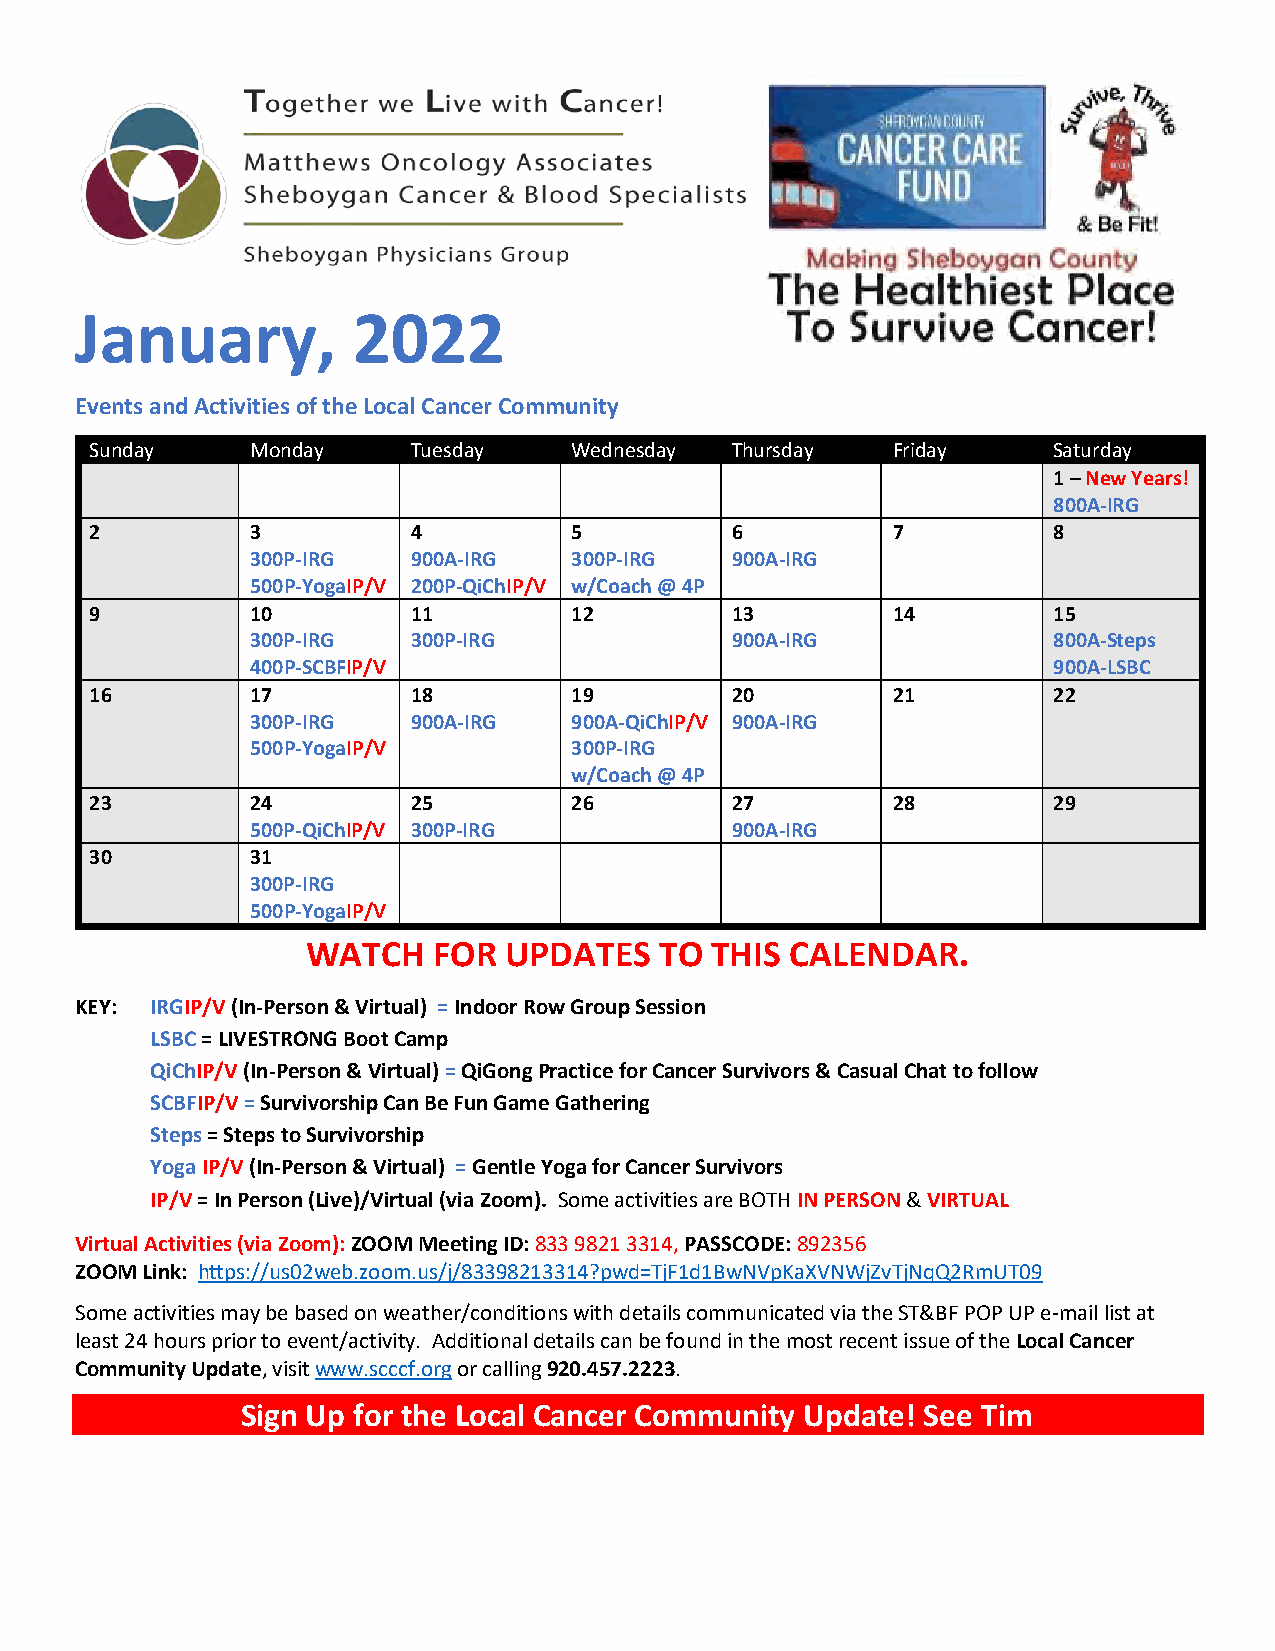
January,          2022
 Events and Activities of the Local Cancer Community
 Sunday     Monday    Tuesday    Wednesday Thursday   Friday     Saturday
 1 – New Years!
 800A-IRG
 2          3         4          5         6          7          8
 300P-IRG  900A-IRG   300P-IRG  900A-IRG
 500P-YogaIP/V 200P-QiChIP/V w/Coach @ 4P
 9          10        11         12        13         14         15
 300P-IRG  300P-IRG             900A-IRG              800A-Steps
 400P-SCBFIP/V                                        900A-LSBC
 16         17        18         19        20         21         22
 300P-IRG  900A-IRG   900A-QiChIP/V 900A-IRG
 500P-YogaIP/V        300P-IRG
 w/Coach @ 4P
 23         24        25         26        27         28         29
 500P-QiChIP/V 300P-IRG         900A-IRG
 30         31
 300P-IRG
 500P-YogaIP/V
 WATCH    FOR UPDATES    TO THIS CALENDAR.
 KEY: IRGIP/V (In-Person & Virtual) = Indoor Row Group Session
 LSBC = LIVESTRONG Boot Camp
 QiChIP/V (In-Person & Virtual) = QiGong Practice for Cancer Survivors & Casual Chat to follow
 SCBFIP/V = Survivorship Can Be Fun Game Gathering
 Steps = Steps to Survivorship
 Yoga IP/V (In-Person & Virtual) = Gentle Yoga for Cancer Survivors
 IP/V = In Person (Live)/Virtual (via Zoom). Some activities are BOTH IN PERSON & VIRTUAL
 Virtual Activities (via Zoom): ZOOM Meeting ID: 833 9821 3314, PASSCODE: 892356
 ZOOM Link: https://us02web.zoom.us/j/83398213314?pwd=TjF1d1BwNVpKaXVNWjZvTjNqQ2RmUT09
 Some activities may be based on weather/conditions with details communicated via the ST&BF POP UP e-mail list at
 least 24 hours prior to event/activity. Additional details can be found in the most recent issue of the Local Cancer
 Community Update, visit www.scccf.org or calling 920.457.2223.
 Sign Up for the Local Cancer Community Update! See Tim